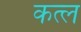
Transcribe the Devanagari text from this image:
कत्‍ल